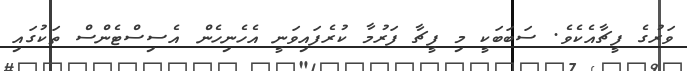
ވަރުގެ ފީޗާއެކެވެ. ސަބަބަކީ މި ފީޗާ ފަރުމާ ކުރެފައިވަނީ އެހެނިހެން އެސިސްޓެންސް ތަކުގައި